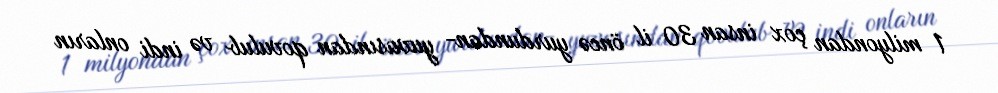
1 milyondan çox insan 30 il öncə yurdundan- yuvasından qovulub və indi onların